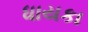
ધાયકા